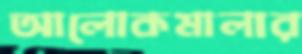
আলোকমালার